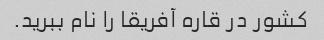
کشور در قاره آفریقا را نام ببرید.